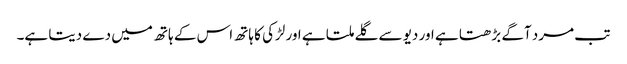
تب مرد آگے بڑھتا ہے اور دیو سے گلے ملتا ہے اور لڑکی کا ہاتھ اس کے ہاتھ میں دے دیتا ہے۔